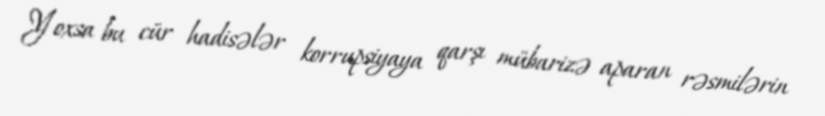
Yoxsa bu cür hadisələr korrupsiyaya qarşı mübarizə aparan rəsmilərin